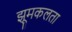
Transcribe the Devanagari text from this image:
झूमकलता